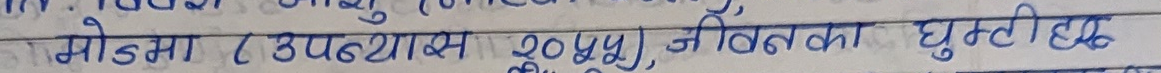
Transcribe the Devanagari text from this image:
मोडमा (उपधास २०५५), जीवनका घुम्टेहेछ